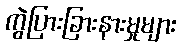
ကွဲပြားခြားနားမှုများ